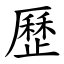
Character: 歷